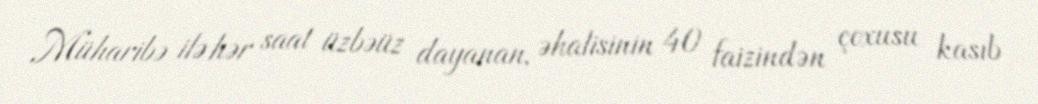
Müharibə ilə hər saat üzbəüz dayanan, əhalisinin 40 faizindən çoxusu kasıb